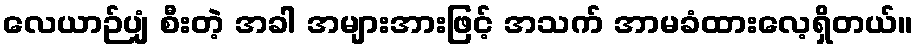
လေယာဉ်ပျံ စီးတဲ့ အခါ အများအားဖြင့် အသက် အာမခံထားလေ့ရှိတယ်။